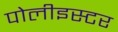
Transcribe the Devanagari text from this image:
पोलीइस्टर